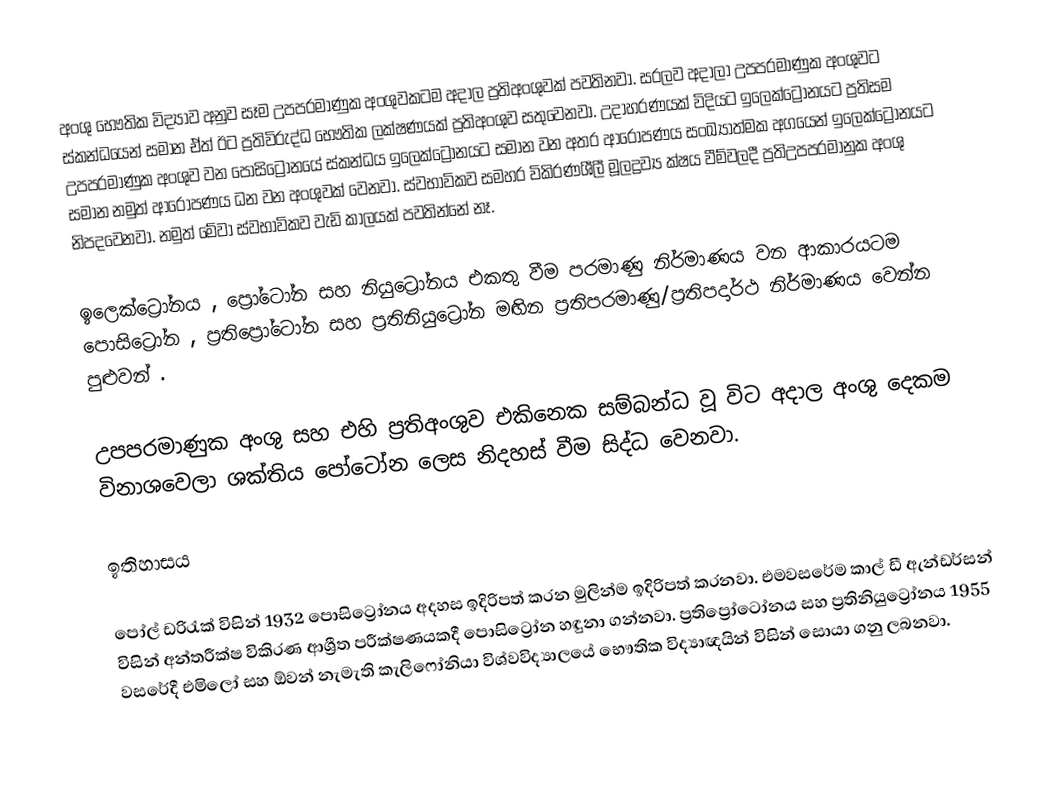
අංශු භෞතික විද්‍යාව අනුව සෑම උපපරමාණුක අංශුවකටම අදාල ප්‍රතිඅංශුවක් පවතිනවා. සරලව අදාලා උපපරමාණුක අංශුවට ස්කන්ධයෙන් සමාන ඒත් ඊට ප්‍රතිවිරුද්ධ භෞතික ලක්ෂණයක් ප්‍රතිඅංශුව සතුවෙනවා. උදාහරණයක් විදියට  ඉලෙක්ට්‍රෝනයට ප්‍රතිසම උපපරමාණුක අංශුව වන පොසිට්‍රෝනයේ ස්කන්ධය ඉලෙක්ට්‍රෝනයට සමාන වන අතර ආරෝපණය සංඛ්‍යාත්මක අගයෙන් ඉලෙක්ට්‍රෝනයට සමාන නමුත් ආරෝපණය ධන වන අංශුවක් වෙනවා. ස්වභාවිකව සමහර විකිරණශීලී මූලද්‍රව්‍ය ක්ෂය වීම්වලදී  ප්‍රතිඋපපරමානුක අංශු නිපදවෙනවා. නමුත් මේවා ස්වභාවිකව වැඩි කාලයක් පවතින්නේ නෑ.

ඉලෙක්ට්‍රෝනය , ප්‍රෝටෝන සහ නියුට්‍රෝනය එකතු වීම පරමාණු නිර්මාණය වන ආකාරයටම පොසිට්‍රෝන , ප්‍රතිප්‍රෝටෝන සහ ප්‍රතිනියුට්‍රෝන මඟින ප්‍රතිපරමාණු/ප්‍රතිපදාර්ථ නිර්මාණය වෙන්න පුළුවන් .

උපපරමාණුක අංශු සහ එහි ප්‍රතිඅංශුව එකිනෙක සම්බන්ධ වූ විට අදාල අංශු දෙකම විනාශවෙලා ශක්තිය පෝටෝන ලෙස නිදහස් වීම සිද්ධ වෙනවා.

ඉතිහාසය

පෝල් ඩරිරැක් විසින් 1932 පොසිට්‍රෝනය අදහස ඉදිරිපත් කරන මුලින්ම ඉදිරිපත් කරනවා. එමවසරේම කාල් ඩී ඇන්ඩර්සන් විසින් අන්තරීක්ෂ විකිරණ ආශ්‍රීත පරීක්ෂණයකදී පොසිට්‍රෝන හඳුනා ගන්නවා. ප්‍රතිප්‍රෝටෝනය සහ ප්‍රතිනියුට්‍රෝනය 1955 වසරේදී එමිලෝ සහ ඕවන් නැමැති කැලිෆෝනියා විශ්වවිද්‍යාලයේ භෞතික විද්‍යාඥයින් විසින් සොයා ගනු ලබනවා.